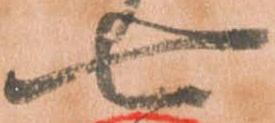
七